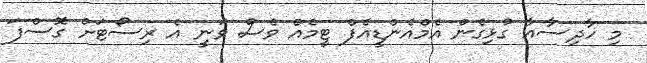
މި ހާދިސާއާ ގުޅިގެން އެމްއެންޑީއެފް ޓީމެއް ވެސް ވަނީ އެ ރިސޯޓަށް ގޮސްފަ